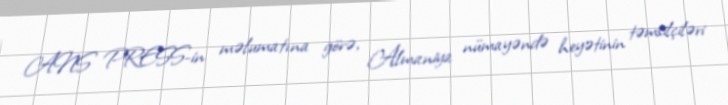
ANS PRESS-in məlumatına görə, Almaniya nümayəndə heyətinin təmsilçiləri